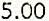
5.00